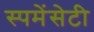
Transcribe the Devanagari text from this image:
स्पमेंसेटी